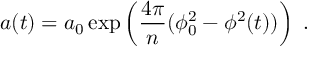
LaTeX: a ( t ) = a _ { 0 } \exp \left( { \frac { 4 \pi } { n } } ( \phi _ { 0 } ^ { 2 } - \phi ^ { 2 } ( t ) ) \right) \ .